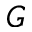
G